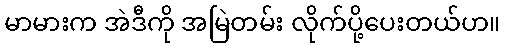
မာမားက အဲဒီကို အမြဲတမ်း လိုက်ပို့ပေးတယ်ဟ။